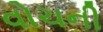
વોચની